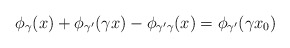
\begin{align*}\phi_\gamma(x)+\phi_{\gamma'}(\gamma x)-\phi_{\gamma'\gamma}(x) = \phi_{\gamma'}(\gamma x_0) \end{align*}